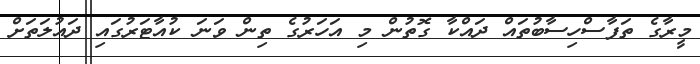
މީރާގެ ތަފާސްހިސާބުތައް ދައްކާ ގޮތުން މި އަހަރުގެ ތިން ވަނަ ކުއާޓަރުގައި ދައުލަތަށް